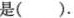
是( ).